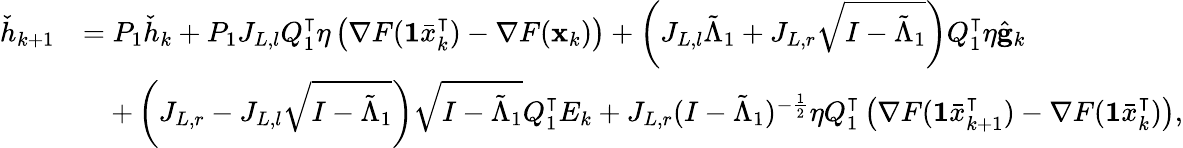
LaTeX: \begin{array}{rl}{\check{h}_{k+1}}&{=P_{1}\check{h}_{k}+P_{1}J_{L,l}Q_{1}^{\intercal}\eta\left(\nabla F(\mathbf{1}\bar{x}_{k}^{\intercal})-\nabla F(\mathbf{x}_{k})\right)+\left(J_{L,l}\tilde{\Lambda}_{1}+J_{L,r}\sqrt{I-\tilde{\Lambda}_{1}}\right)Q_{1}^{\intercal}\eta\hat{\mathbf{g}}_{k}}\\ &{\quad+\left(J_{L,r}-J_{L,l}\sqrt{I-\tilde{\Lambda}_{1}}\right)\sqrt{I-\tilde{\Lambda}_{1}}Q_{1}^{\intercal}E_{k}+J_{L,r}(I-\tilde{\Lambda}_{1})^{-\frac{1}{2}}\eta Q_{1}^{\intercal}\left(\nabla F(\mathbf{1}\bar{x}_{k+1}^{\intercal})-\nabla F(\mathbf{1}\bar{x}_{k}^{\intercal})\right),}\end{array}